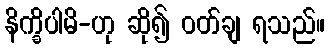
နိက္ခိပါမိ-ဟု ဆို၍ ဝတ်ချ ရသည်။